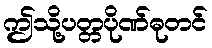
ဤသို့ပတ္တပိုဏ်ဓုတင်